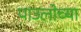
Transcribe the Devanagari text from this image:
पाउलोच्या